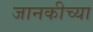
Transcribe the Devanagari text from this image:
जानकीच्या